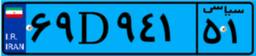
۶۹D۹۴۱۵۱